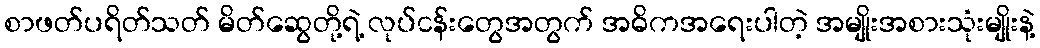
စာဖတ်ပရိတ်သတ် မိတ်ဆွေတို့ရဲ့ လုပ်ငန်းတွေအတွက် အဓိကအရေးပါတဲ့ အမျိုးအစားသုံးမျိုးနဲ့